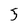
Character: 5